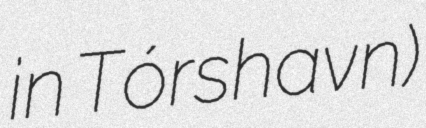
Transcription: in Tórshavn)